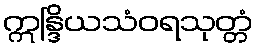
ဣန္ဒြိယသံဝရသုတ္တံ